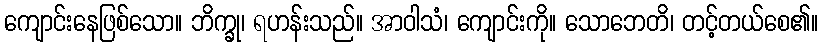
ကျောင်းနေဖြစ်သော။ ဘိက္ခု၊ ရဟန်းသည်။ အာဝါသံ၊ ကျောင်းကို။ သောဘေတိ၊ တင့်တယ်စေ၏။